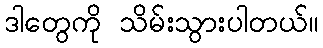
ဒါတွေကို သိမ်းသွားပါတယ်။